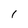
Character: 1